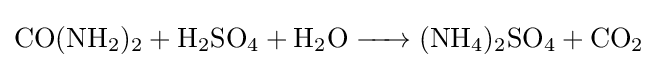
{\ce {CO(NH2)2 + H2SO4 + H2O -> (NH4)2SO4 + CO2}}